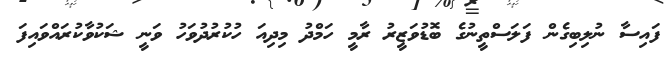
ފައިސާ ނުލިބިގެން ފަލަސްތީނުގެ ބޮޑުވަޒީރު ރާމީ ހަމްދު މިދިއަ ހުކުރުދުވަހު ވަނީ ޝަކުވާކުރައްވައިފަ